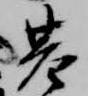
基